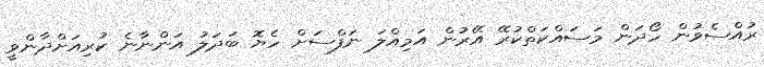
ރުއްސެވުން ހޯދަން މަސައްކަތްކުރޭ އޭރުން އަމިއްލަ ނަފްސަށް ހެޔޮ ބަދަލު އަންނާނެ ކުރިއަށްދާންވީ